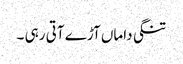
تنگی داماں آڑے آتی رہی ۔